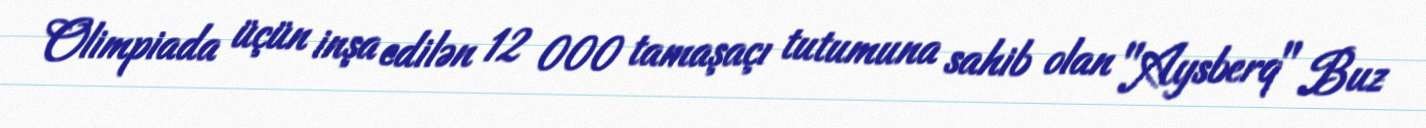
Olimpiada üçün inşa edilən 12 000 tamaşaçı tutumuna sahib olan "Aysberq" Buz